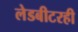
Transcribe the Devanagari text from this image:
लेडबीटरही